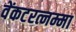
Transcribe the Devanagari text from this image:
वेंकटरत्नम्मा